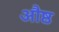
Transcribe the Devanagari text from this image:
औष्ठ